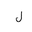
Letter: _lam